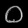
Digit: ၀